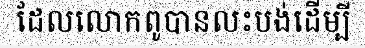
ដែលលោកពូបានលះបង់ដើម្បី